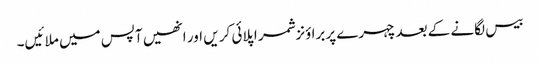
بیس لگانے کے بعدچہرے پربرا ؤنزشمر اپلائی کر یں اور انھیں آپس میں ملا ئیں۔